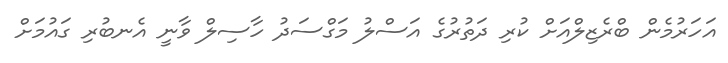
އަހަރުމެން ބްރެޒިލްއަށް ކުރި ދަތުރުގެ އަސްލު މަގްސަދު ހާސިލް ވާނީ އެނބުރި ގައުމަށް